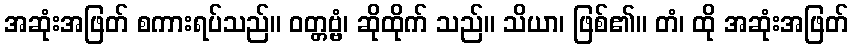
အဆုံးအဖြတ် စကားရပ်သည်။ ဝတ္တဗ္ဗံ၊ ဆိုထိုက် သည်။ သိယာ၊ ဖြစ်၏။ တံ၊ ထို အဆုံးအဖြတ်